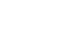
ရလာဒ်